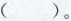
（）。